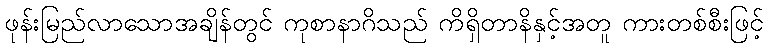
ဖုန်းမြည်လာသောအချိန်တွင် ကုစာနာဂိသည် ကိရှိတာနိနှင့်အတူ ကားတစ်စီးဖြင့်